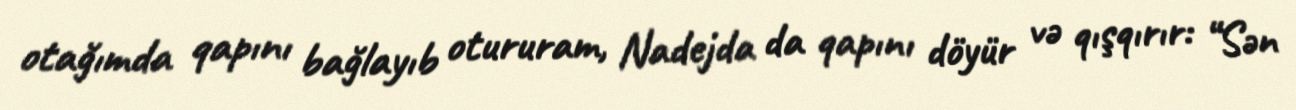
otağımda qapını bağlayıb otururam, Nadejda da qapını döyür və qışqırır: “Sən